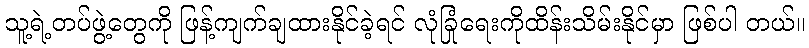
သူ့ရဲ့တပ်ဖွဲ့တွေကို ဖြန့်ကျက်ချထားနိုင်ခဲ့ရင် လုံခြုံရေးကိုထိန်းသိမ်းနိုင်မှာ ဖြစ်ပါ တယ်။